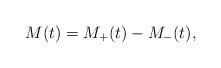
LaTeX: \begin{align*} M(t) = M_+(t) - M_-(t), \end{align*}